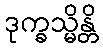
ဒုက္ခသ္မိန္တိ